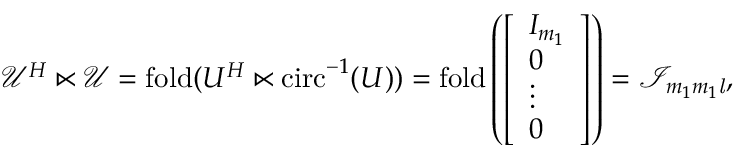
\begin{array} { r } { \mathcal { U } ^ { H } \ltimes \mathcal { U } = \mathrm { f o l d } ( U ^ { H } \ltimes \mathrm { c i r c } ^ { - 1 } ( U ) ) = \mathrm { f o l d } \left( \left[ \begin{array} { l } { I _ { m _ { 1 } } } \\ { 0 } \\ { \vdots } \\ { 0 } \end{array} \right] \right) = \mathcal { I } _ { m _ { 1 } m _ { 1 } \mathit { l } } , } \end{array}